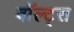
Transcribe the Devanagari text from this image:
वॉल्ट्स